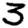
Digit: 3